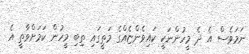
ނަމަވެސް އެ ދެ މީހުންނަކީ ކައިވެންޏެއްގެ މަތީގައި ތިބި މީހުން ކަމަށްވާތީ އެ